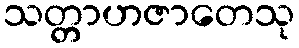
သတ္တာဟဇာတေသု